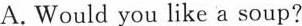
A. Would you like a soup?